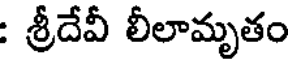
: శ్రీదేవీ లీలామృతం